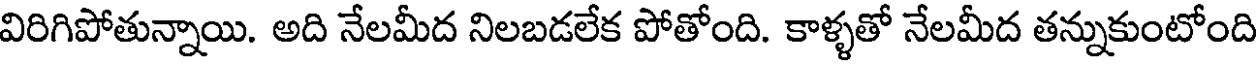
విరిగిపోతున్నాయి. అది నేలమీద నిలబడలేక పోతోంది. కాళ్ళతో నేలమీద తన్నుకుంటోంది